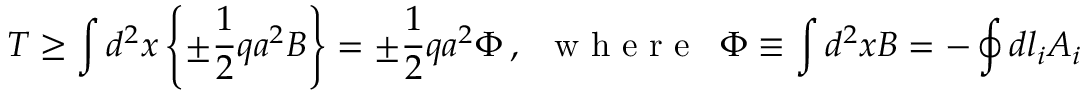
T \geq \int d ^ { 2 } x \left\{ \pm \frac { 1 } { 2 } q a ^ { 2 } B \right\} = \pm \frac { 1 } { 2 } q a ^ { 2 } \Phi \, , \, \, \, \textrm { w h e r e } \, \, \, \Phi \equiv \int d ^ { 2 } x B = - \oint d l _ { i } A _ { i }